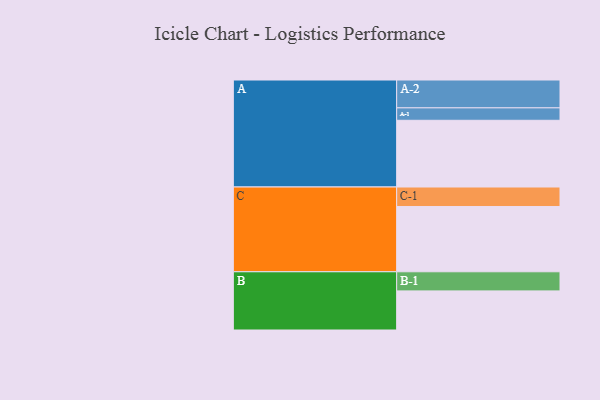
{"axis": {"x": "Segment", "y": "Value"}, "legend": ["", "A", "B", "C"], "data": [{"x": "A", "y": 558, "type": ""}, {"x": "B", "y": 327, "type": ""}, {"x": "C", "y": 546, "type": ""}, {"x": "A-1", "y": 104, "type": "A"}, {"x": "A-2", "y": 233, "type": "A"}, {"x": "B-1", "y": 160, "type": "B"}, {"x": "C-1", "y": 163, "type": "C"}]}